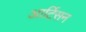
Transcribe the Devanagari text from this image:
आर्टिसन